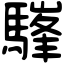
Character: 𩥪